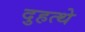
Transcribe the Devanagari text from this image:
दुहत्थे